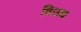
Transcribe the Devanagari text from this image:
विउध